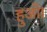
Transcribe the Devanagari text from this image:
हुऑ।